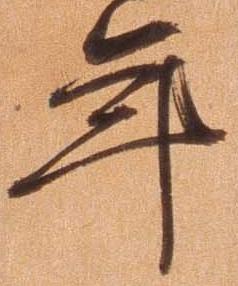
年